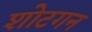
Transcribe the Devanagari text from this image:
शोटगन